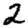
Digit: 2